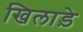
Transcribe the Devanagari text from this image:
खिलाड़े